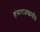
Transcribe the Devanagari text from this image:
हंसराजस्वामींचे